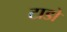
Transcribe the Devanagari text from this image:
टाडो